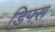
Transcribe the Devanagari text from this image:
डिफ्स